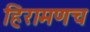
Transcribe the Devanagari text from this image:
हिरामणच